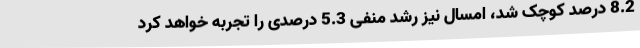
8.2 درصد کوچک شد، امسال نیز رشد منفی 5.3 درصدی را تجربه خواهد کرد